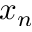
x _ { n }